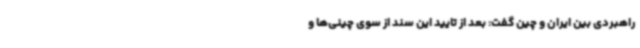
راهبردی بین ایران و چین گفت: بعد از تایید این سند از سوی چینی‌ها و